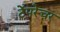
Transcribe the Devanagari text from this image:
टेंपरेचर